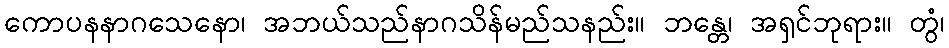
ကောပနနာဂသေနော၊ အဘယ်သည်နာဂသိန်မည်သနည်း။ ဘန္တေ၊ အရှင်ဘုရား။ တွံ၊